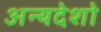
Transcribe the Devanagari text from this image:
अन्यदेशो